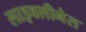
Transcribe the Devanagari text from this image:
लाइवलीनेस